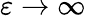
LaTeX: \varepsilon\to\infty